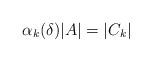
LaTeX: \begin{align*}\alpha_k ( \delta ) |A| = |C_k|\end{align*}